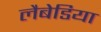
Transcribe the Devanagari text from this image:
लैबेडिया